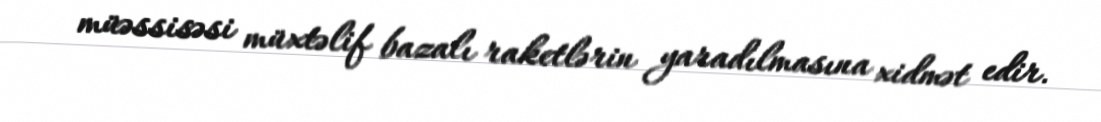
müəssisəsi müxtəlif bazalı raketlərin yaradılmasına xidmət edir.